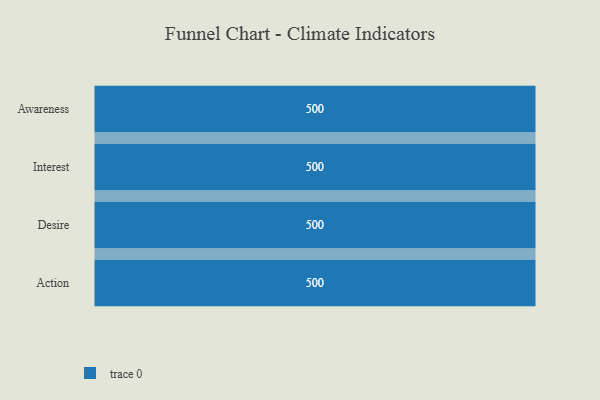
{"axis": {"x": "Stage", "y": "Value"}, "legend": [""], "data": [{"x": "Awareness", "y": 500, "type": ""}, {"x": "Interest", "y": 500, "type": ""}, {"x": "Desire", "y": 500, "type": ""}, {"x": "Action", "y": 500, "type": ""}]}